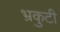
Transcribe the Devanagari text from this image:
भ्रकुटी